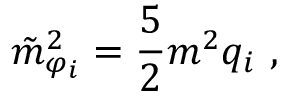
\tilde { m } _ { \varphi _ { i } } ^ { 2 } = \frac { 5 } { 2 } m ^ { 2 } q _ { i } ~ ,